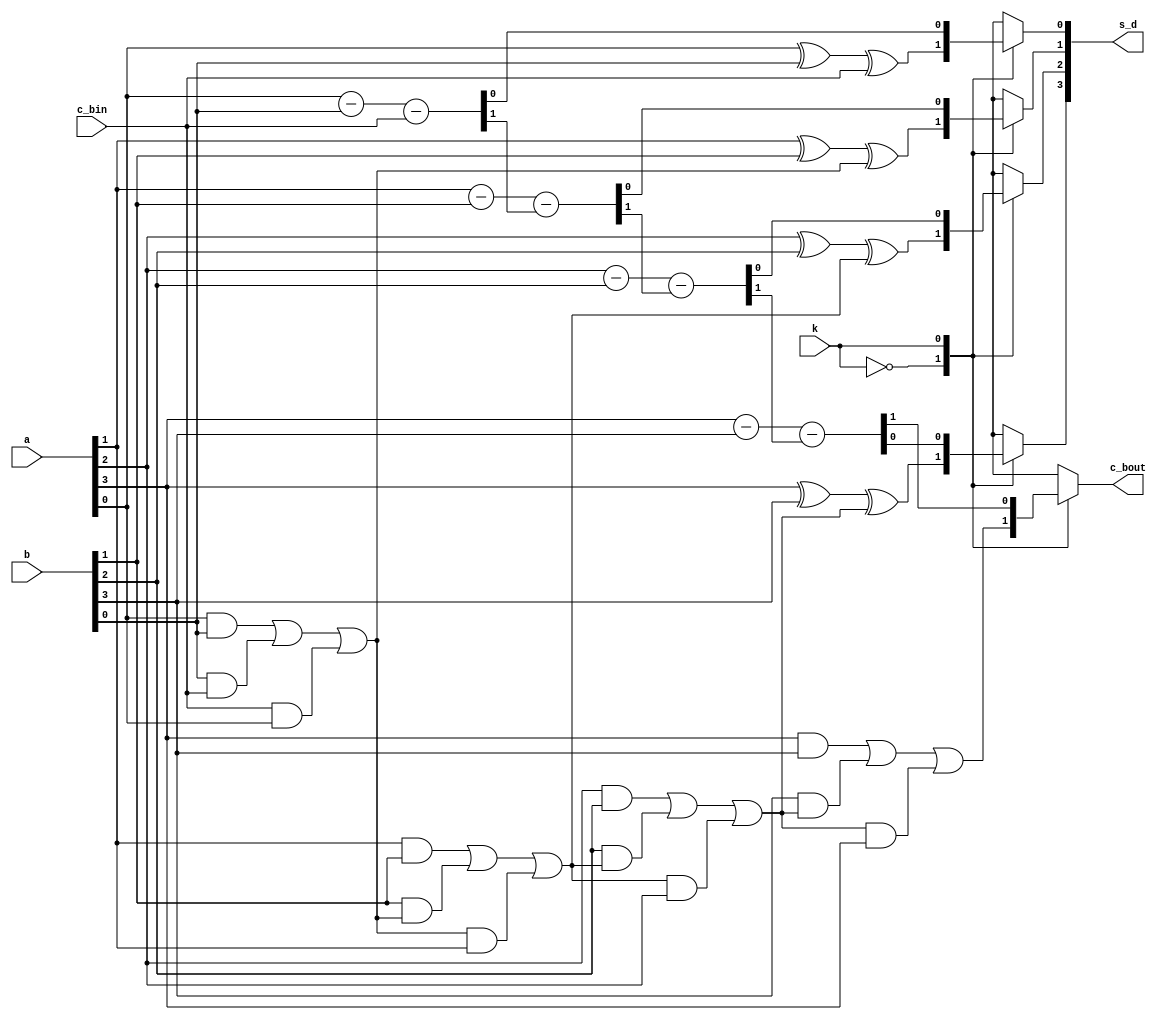
module adder_subtractor(a,b,c_bin,s_d,c_bout,k);
 input [3:0] a;
 input [3:0] b;
 input c_bin;
 input k;
 output c_bout;
 output [3:0] s_d;
 reg [3:0] s_d;
 reg c_bout;
 reg [1:0] temp;
 reg u;
 integer i;
always @(a,b,c_bin)
 begin
    case(k)
    0:begin
      u=c_bin;
      for(i=0;i<4;i=i+1)
       begin
      //  temp=a[i]+b[i]+u;
      //  s_d[i]=temp[0];
      //  u=temp[1];
      s_d[i]=a[i]^b[i]^u;
      u= a[i]&b[i]|b[i]&u|u&a[i];
       end
       c_bout=u;
      end
    1:begin
      u=c_bin;
      for(i=0;i<4;i++)
       begin
       temp=a[i]-b[i]-u;
       s_d[i]=temp[0];
       u=temp[1];
       end
      c_bout=u;
      end
    endcase
 end
endmodule